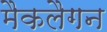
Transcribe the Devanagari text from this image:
मैकलैगन